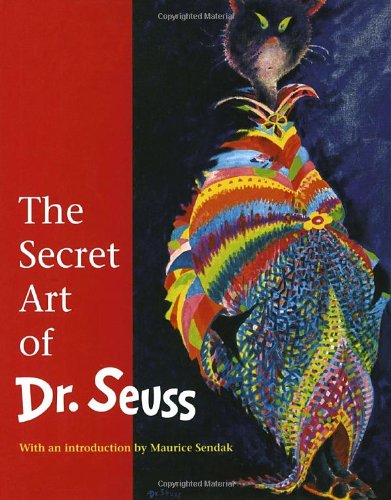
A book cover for The Secret Art of Dr. Seuss; Comics & Graphic Novels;